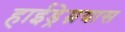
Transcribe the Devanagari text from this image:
हाईड्रेम्नयास